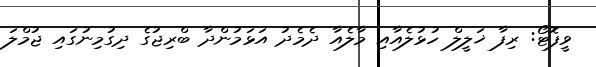
ވީފޮޓޯ: ރިފާ ޚަލީލް ހުޅުލެއާއި މާލެއާ ދެމެދު އަޅަމުންދާ ބްރިޖުގެ ދިގުމިނުގައި ޖުމްލަ